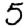
Digit: 5